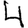
Digit: 4